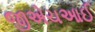
જીએચઆઈ